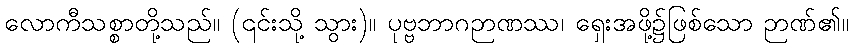
လောကီသစ္စာတို့သည်။ (၎င်းသို့ သွား)။ ပုဗ္ဗဘာဂဉာဏဿ၊ ရှေးအဖို့၌ဖြစ်သော ဉာဏ်၏။